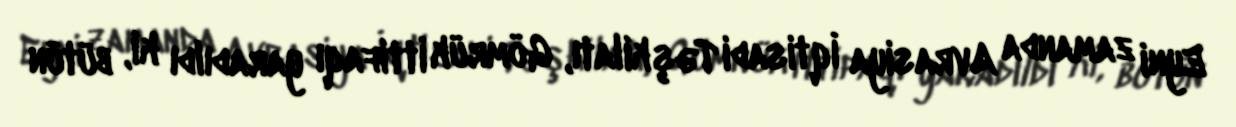
Eyni zamanda Avrasiya İqtisadi Təşkilatı, Gömrük İttifaqı yaradıldı ki, bütün